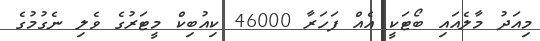
މިއަދު މާލެއައި ބޯޓަކީ އެއް ފަހަރާ 46000 ކިއުބިކް މީޓަރުގެ ވެލި ނެގުމުގެ